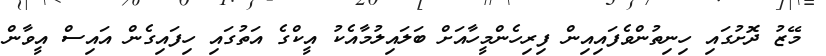
މޭޒު ދޮށުގައި ހިނިތުންވެފައިއިން ފިރިހެންމީހާއަށް ބަލައިލުމާއެކު އީކްގެ އަތުގައި ހިފައިގެން އައިސް އީވާން